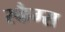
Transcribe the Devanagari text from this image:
स्कैग्स